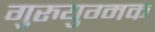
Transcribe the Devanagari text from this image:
गुरुयुग्मक